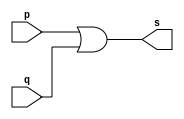
// ------------------------- 
// Exemplo0004 - OR 
// Nome: Daniel Telles McGinnis 
// ------------------------- 
// Alteraes feitas:
// Troquei a porta AND pela porta OR.
// Previso:
// A sada  a disjuno das entradas.
// Teste 1:
// Entradas: (a=0 e b=0), (a=0 e b=1), (a=1 e b=0), (a=1 e b=1).
// Observaes da sada:
// A sada  como se fosse uma tabela verdade da disjuno.
// Eu digo "como se fosse" porque o smbolo da disjuno  | e no & como indicado no guia 01.
// ------------------------- 
// -- or gate 
// ------------------------- 
module orgate ( output s, 
	input p, q); 
	assign s = p | q; 
endmodule // orgate 
// --------------------- 
// -- test or gate 
// --------------------- 
module testorgate; 
	// ------------------------- dados locais 
	reg a, b; // definir registradores 
	wire s;   // definir conexao (fio) 
	// ------------------------- instancia 
	orgate OR1 (s, a, b); 
	// ------------------------- preparacao 
	initial begin:start 
		a=0; b=0; 
	end 
	// ------------------------- parte principal 
	initial begin 
		$display("Exemplo0004 - Daniel Telles McGinnis - 435042"); 
		$display("Test OR gate"); 
		$display("\na & b = s\n"); 
		a=0; b=0; 
		#1 $display("%b & %b = %b", a, b, s); 
		a=0; b=1; 
		#1 $display("%b & %b = %b", a, b, s); 
		a=1; b=0; 
		#1 $display("%b & %b = %b", a, b, s); 
		a=1; b=1; 
		#1 $display("%b & %b = %b", a, b, s); 
	end 
endmodule // testorgate